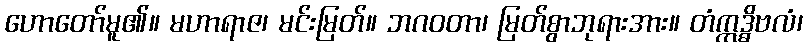
ဟောတော်မူ၏။ မဟာရာဇ၊ မင်းမြတ်။ ဘဂဝတာ၊ မြတ်စွာဘုရားအား။ တံဣဒ္ဓိဗလံ၊